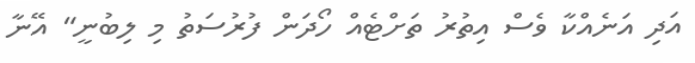
އަދި އަނެއްކާ ވެސް އިތުރު ތަށްޓެއް ހޯދަން ފުރުސަތު މި ލިބުނީ" އޭނާ